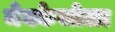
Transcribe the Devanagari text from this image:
मेक्केजोळा